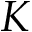
K